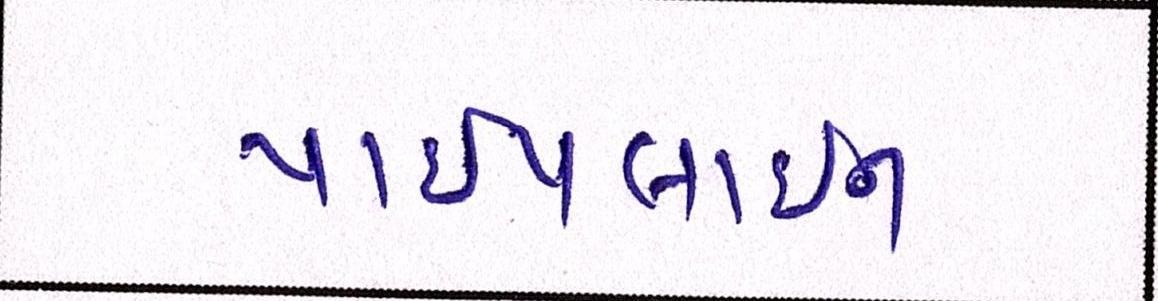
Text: પાઈપલાઈન